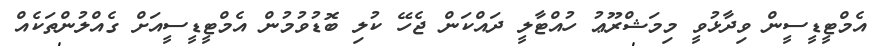
އެމްޓީޑީސީން ވިދާޅުވީ މިމަޝްރޫޢު ހުއްޓާލީ ދައްކަން ޖެހޭ ކުލި ބޮޑުވުމުން އެމްޓީޑީސީއަށް ގެއްލުންތަކެއް